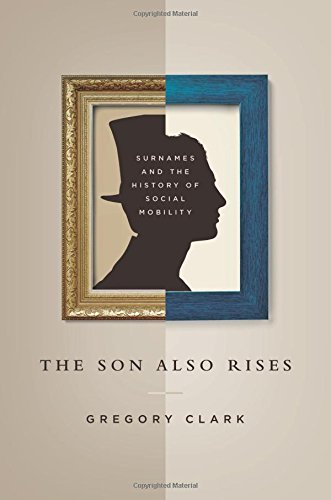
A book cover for The Son Also Rises: Surnames and the History of Social Mobility (The Princeton Economic History of the Western World); Gregory Clark; Politics & Social Sciences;